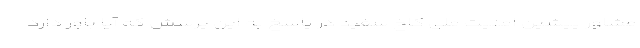
مشاور پیشین امنیت ملی کاخ سفید در پاسخ به این پرسش که آیا باور دارد